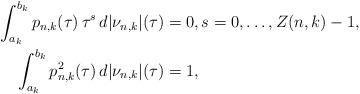
LaTeX: \begin{align*}\int_{a_{k}}^{b_{k}} p_{n,k}(\tau)\,\tau^{s}\,d|\nu_{n,k}|(\tau) & =0,s=0,\ldots,Z(n,k)-1,\\\int_{a_{k}}^{b_{k}} p_{n,k}^{2}(\tau)\,d|\nu_{n,k}|(\tau) &=1,\end{align*}